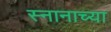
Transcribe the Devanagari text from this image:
स्नानाच्या